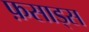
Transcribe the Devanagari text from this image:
फ़साड्स